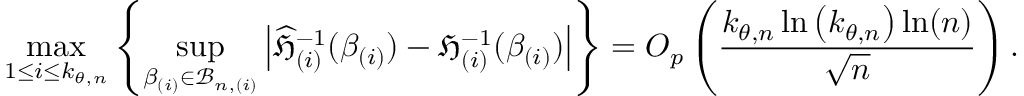
\operatorname* { m a x } _ { 1 \leq i \leq k _ { \theta , n } } \left\{ \operatorname* { s u p } _ { \beta _ { ( i ) } \in \mathcal { B } _ { n , ( i ) } } \left\vert \widehat { \mathfrak { H } } _ { ( i ) } ^ { - 1 } ( \beta _ { ( i ) } ) - \mathfrak { H } _ { ( i ) } ^ { - 1 } ( \beta _ { ( i ) } ) \right\vert \right\} = O _ { p } \left( \frac { k _ { \theta , n } \ln \left( k _ { \theta , n } \right) \ln ( n ) } { \sqrt { n } } \right) .